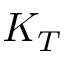
K _ { T }